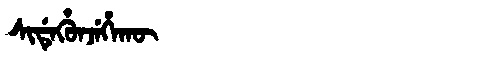
Manchu: ᠰᡳᡩᡝᡥᡠᠨᠵᡝᡥᠠᡴᡡ
Romanization: SIDEHUNJEHAKŪ